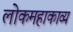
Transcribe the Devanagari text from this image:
लोकमहाकाव्य